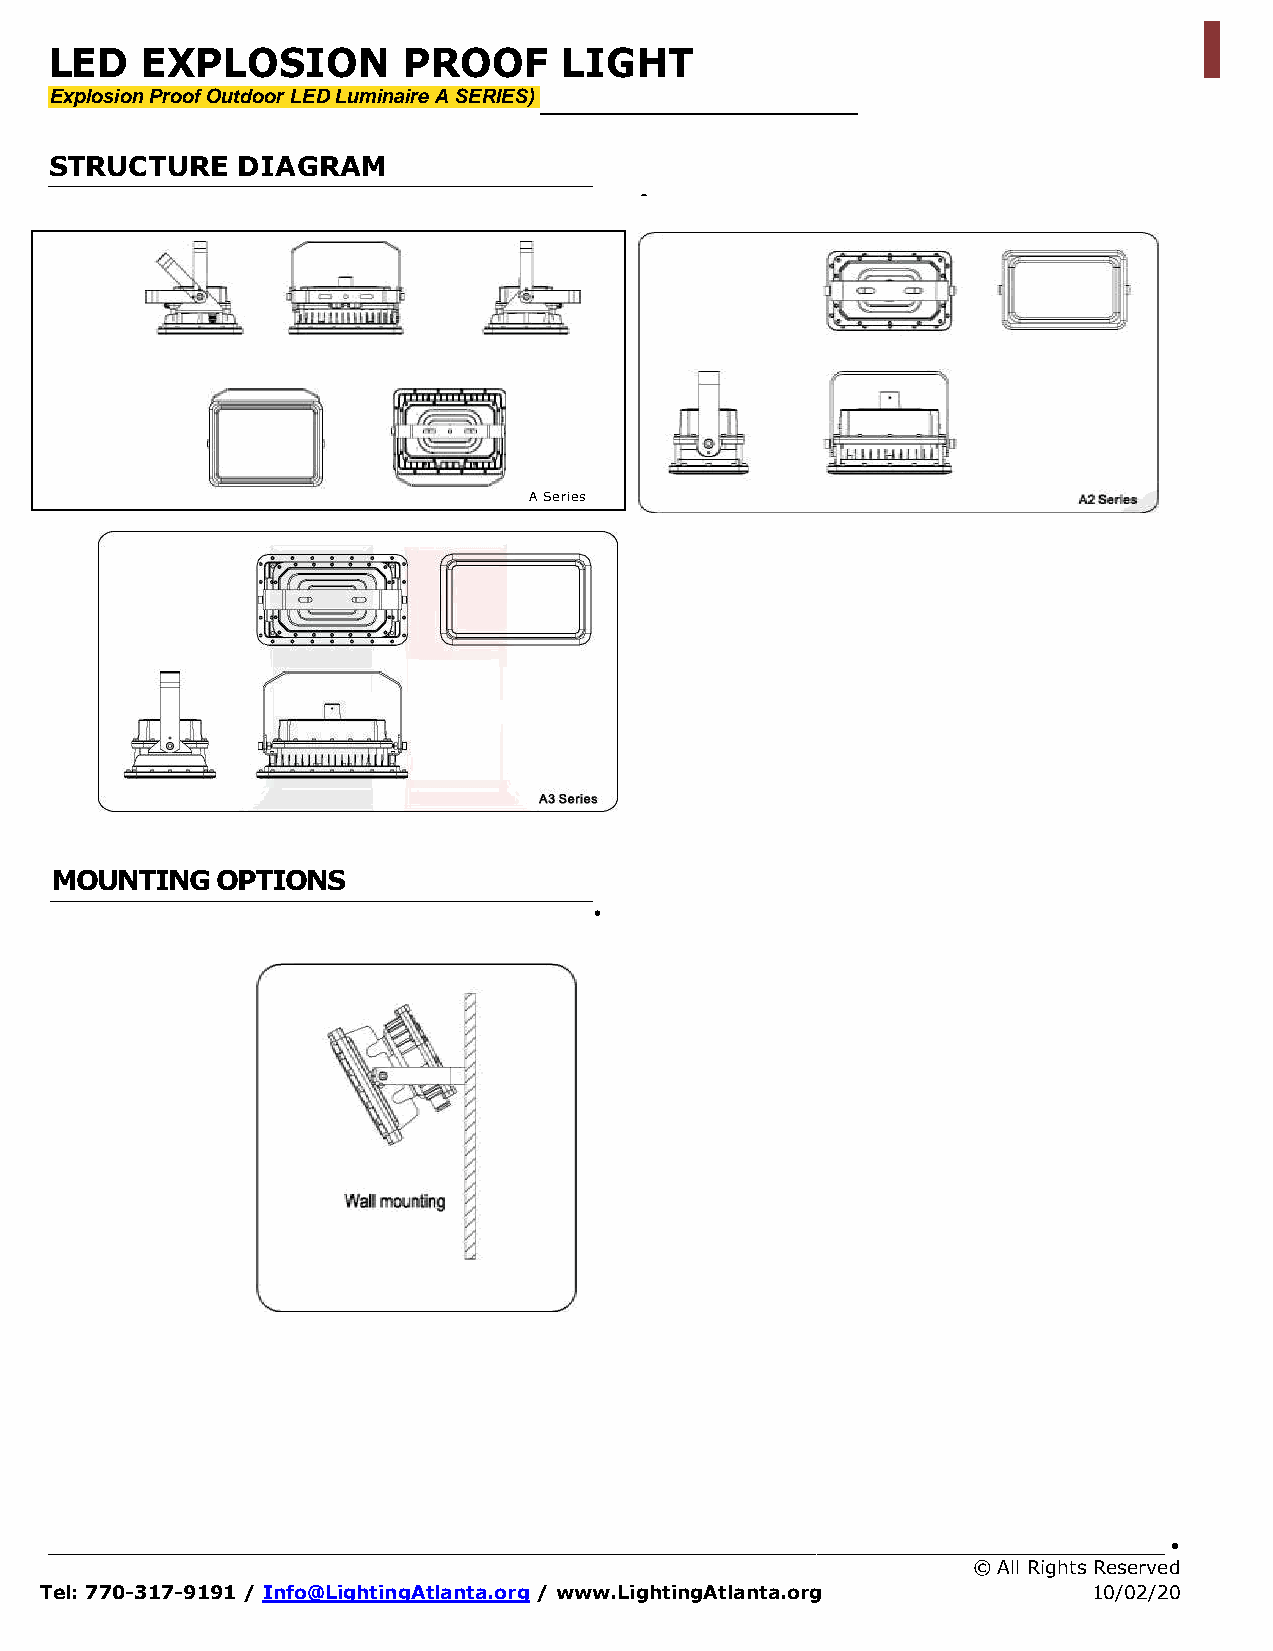
l
 LED   EXPLOSION         PROOF     LIGHT
 Explosion Proof Outdoor LED Luminaire A SERIES)
 STRUCTURE    DIAGRAM
 •
 A Series
 MOUNTING   OPTIONS
 •
 _____________________________________________________________________________________________ •
 © All Rights Reserved
 Tel: 770-317-9191 / Info@LightingAtlanta.org / www.LightingAtlanta.org 10/02/20